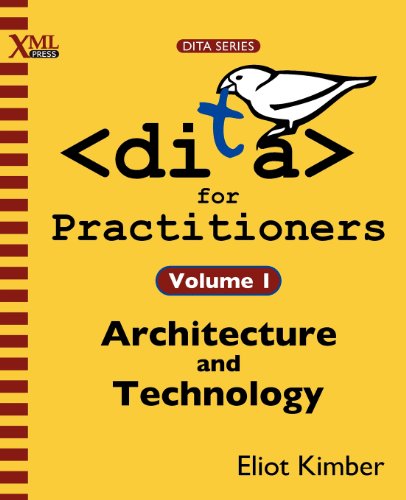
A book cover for DITA for Practitioners Volume 1: Architecture and Technology; Eliot Kimber; Computers & Technology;